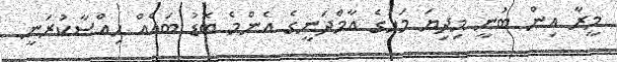
މީރާ އިން ބުނީ މިދިޔަ މަހުގެ އާމްދަނީގެ އެންމެ ބޮޑު ބައެއް ހިއްސާކުރަނީ